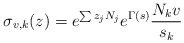
\begin{align*}\sigma_{v,k}(z) = e^{\sum z_j N_j} e^{\Gamma(s)} \frac{N_k v}{s_k}\end{align*}